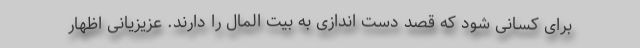
برای کسانی شود که قصد دست اندازی به بیت المال را دارند. عزیزیانی اظهار